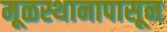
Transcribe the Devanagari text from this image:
मूळस्थानापासून